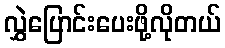
လွှဲပြောင်းပေးဖို့လိုတယ်